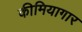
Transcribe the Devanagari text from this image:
कीमियागार